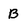
Character: B